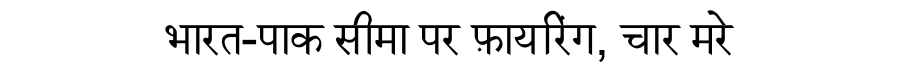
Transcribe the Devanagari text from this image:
भारत-पाक सीमा पर फ़ायरिंग, चार मरे